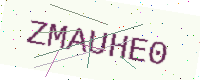
Text: ZMAUHE0